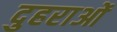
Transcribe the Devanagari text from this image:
दुहराओं